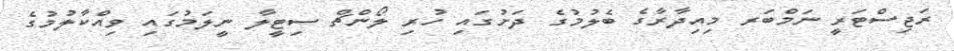
ރަޖިސްޓަރީ ނަމްބަރ މިއިދާރާގެ ބެލުމުގެ ދަށުގައި ހުރި ލޯންޗް ސިޓީލާ ނީލަމުގައި ވިއްކާލުމުގެ